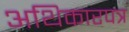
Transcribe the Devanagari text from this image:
अथिकारपत्र